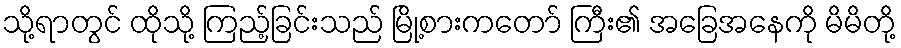
သို့ရာတွင် ထိုသို့ ကြည့်ခြင်းသည် မြို့စားကတော် ကြီး၏ အခြေအနေကို မိမိတို့